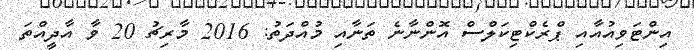
އިންޓަވިއުއާއި ޕްރެކްޓިކަލްސް އޮންނާނެ ތަނާއި މުއްދަތު: 2016 މާރިޗު 20 ވާ އާދީއްތަ